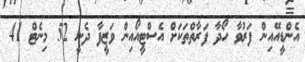
އެންޑީއޭއިން ފަރުވާ ހޯދާ ފަރާތްތަކަށް އެސްޓީއޯއިން ވަޒީފާ ދެނީ 52 މިނެޓް 41